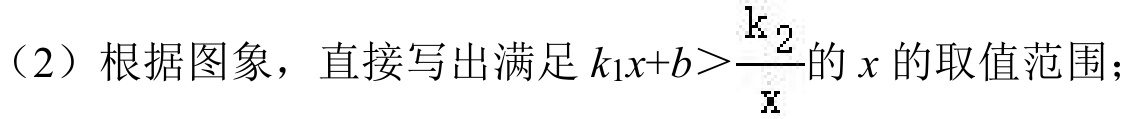
（2）根据图象，直接写出满足\(k_{1}x + b>\frac{k_{2}}{x}\)的\(x\)的取值范围；